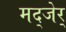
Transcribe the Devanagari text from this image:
मद्जेर्